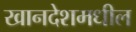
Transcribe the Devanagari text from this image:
खानदेशमधील